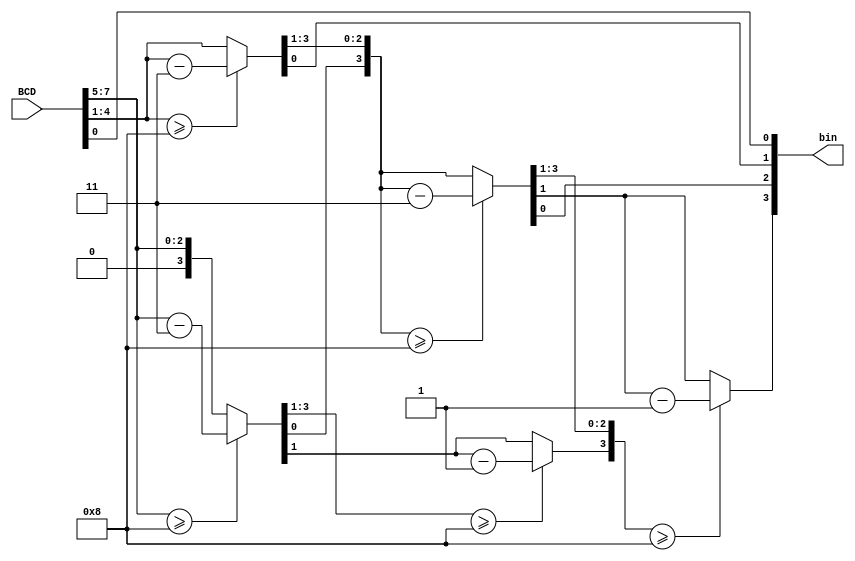
`timescale 1ns / 1ps
//////////////////////////////////////////////////////////////////////////////////
// Company: 
// Engineer: 
// 
// Design Name: 
// Module Name: BCDtoBin
// Project Name: 
// Target Devices: 
// Tool Versions: 
// Description: 
// 
// Dependencies: 
// 
// Revision:
// Revision 0.01 - File Created
// Additional Comments:
// 
//////////////////////////////////////////////////////////////////////////////////


module BCDtoBin(
    input [7:0] BCD,
    output reg [3:0] bin
    );
    
    reg [11:0] converter;
    reg [2:0] i;
    
    always @(BCD)begin
        converter = 0;
        converter[11:4] = BCD;
        
        for(i = 0; i < 4; i = i + 1)begin
            converter = converter >> 1;
            
            if(converter[11:8] >= 8) converter[11:8] = converter[11:8] - 3;
            
            if(converter[7:4] >= 8) converter[7:4] = converter[7:4] - 3;
        end
        
        bin = converter[3:0];
    end
endmodule